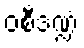
ဝစီဒဏ္ဍံ